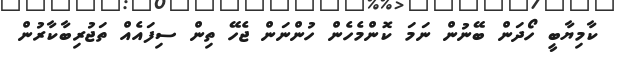
ކާމިޔާބީ ހޯދަން ބޭނުން ނަމަ ކޮންމެހެން ހުންނަން ޖެހޭ ތިން ސިފައެއް ތަޖުރިބާކާރުން